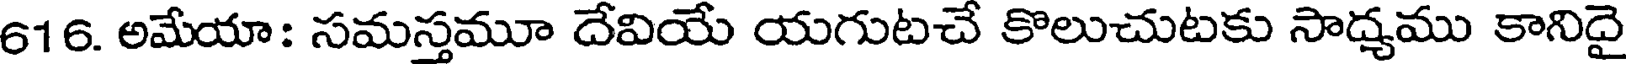
616. అమేయా: సమస్తమూ దేవియే యగుటచే కొలుచుటకు సాద్యము కానిదై